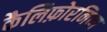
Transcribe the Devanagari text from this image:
कैलिफ़ोरनिया